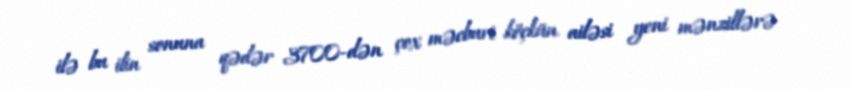
ilə bu ilin sonuna qədər 3700-dən çox məcburi köçkün ailəsi yeni mənzillərə